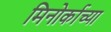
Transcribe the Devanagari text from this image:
मिनोर्काच्या